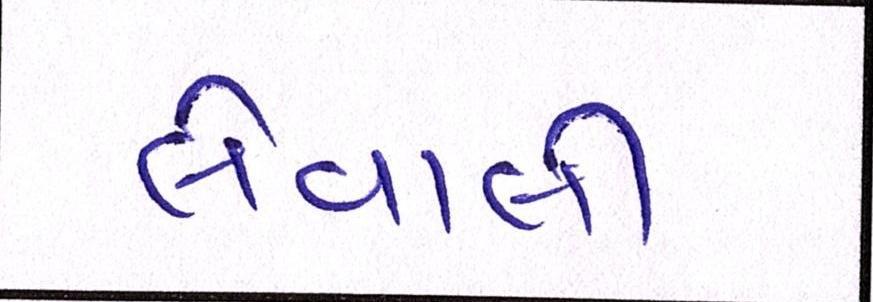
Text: લેવાલીઃ